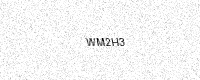
Text: WM2H3